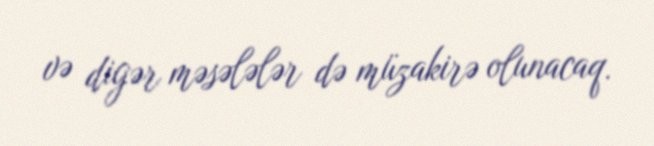
və digər məsələlər də müzakirə olunacaq.